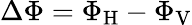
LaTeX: \Delta\Phi=\Phi_{\textrm{H}}-\Phi_{\textrm{V}}